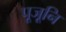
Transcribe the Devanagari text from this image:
पूजूनि